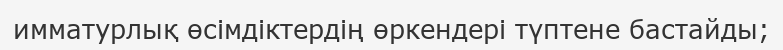
имматурлық өсімдіктердің өркендері түптене бастайды;